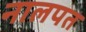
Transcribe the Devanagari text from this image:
नालपत